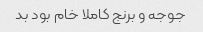
جوجه و برنج کاملا خام بود بد